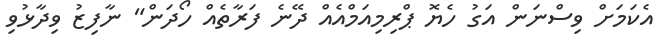
އެކަމަށް ވިސްނަން އަގު ހެޔޮ ޕްރިމިއަމްއެއް ދޭނެ ފަރާތެއް ހޯދަން" ނާފިޒު ވިދާޅުވި